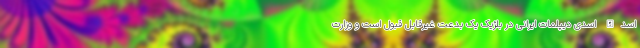
اسدالله اسدی دیپلمات ایرانی در بلژیک یک بدعت غیرقابل قبول است و وزارت